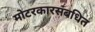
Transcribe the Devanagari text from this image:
मोटरकारसंबधित